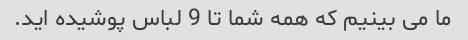
ما می بینیم که همه شما تا 9 لباس پوشیده اید.